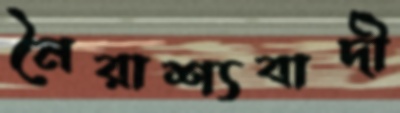
নৈরাশ্যবাদী